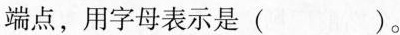
端点，用字母表示是()。